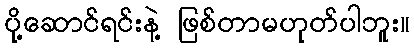
ပို့ဆောင်ရင်းနဲ့ ဖြစ်တာမဟုတ်ပါဘူး။